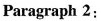
Paragraph 2: